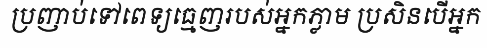
ប្រញាប់ទៅពេទ្យធ្មេញរបស់អ្នកភ្លាម ប្រសិនបើអ្នក